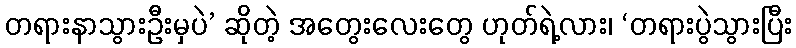
တရားနာသွားဦးမှပဲ’ ဆိုတဲ့ အတွေးလေးတွေ ဟုတ်ရဲ့လား၊ ‘တရားပွဲသွားပြီး